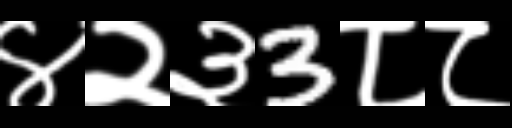
Text: ४२३3८८